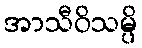
အာသီဝိသမ္ပိ